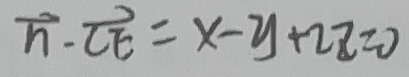
\overrightarrow { n } \cdot \overrightarrow { C E } = x - y + 2 z = 0